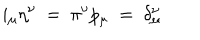
i _ { \mu } \eta ^ { \nu } ~ = ~ \pi ^ { \nu } p _ { \mu } ~ = ~ \delta _ { \mu } ^ { \nu }